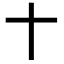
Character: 𬂛